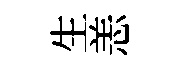
生恙